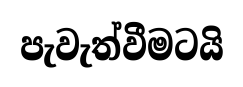
පැවැත්වීමටයි